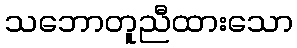
သဘောတူညီထားသော